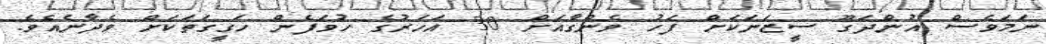
ނަމަވެސް އުންދަގޫ ސީޒަނަކަށް ފަހު ވެންގާއަށް 30 އަހަރުގެ ހުވަފެން ހަގީގަތަކަށް ވެދާނެއެވެ.